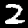
Digit: 2